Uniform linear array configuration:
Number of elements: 64
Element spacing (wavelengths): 0.75
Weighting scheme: kaiser
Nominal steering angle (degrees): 45
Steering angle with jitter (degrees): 43.205
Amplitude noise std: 0.05
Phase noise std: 0.05

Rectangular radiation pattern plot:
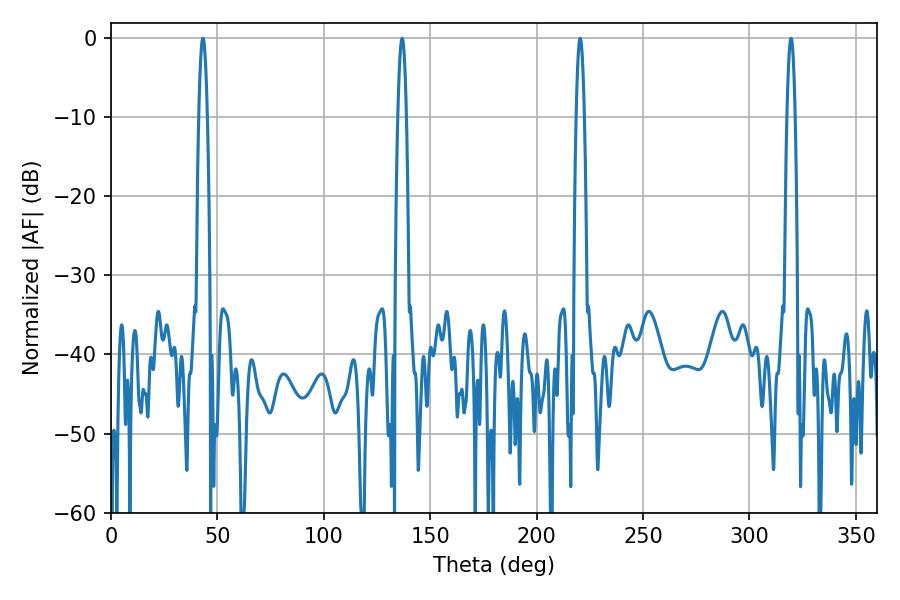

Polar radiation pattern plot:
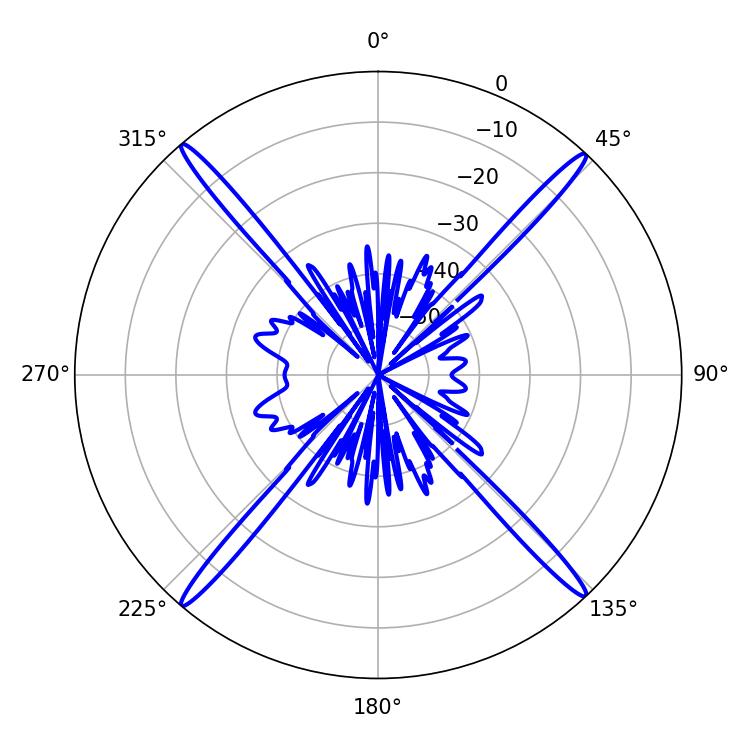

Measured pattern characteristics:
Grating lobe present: TRUE
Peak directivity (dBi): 25.803
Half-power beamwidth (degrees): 2.16
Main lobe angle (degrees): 43.2